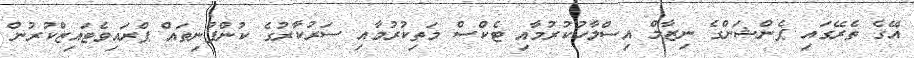
އޭގެ ތެރޭގައި ޕެންޝަންގެ ނިޒާމް އިސްލާހުކުރުމާއި ޓެކްސް މަތިކުރުމާއި ސަރުކާރުގެ ކުންފުނިތައް ޕްރައިވެޓައިޒްކުރުން